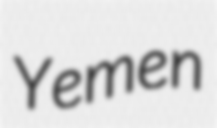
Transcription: Yemen